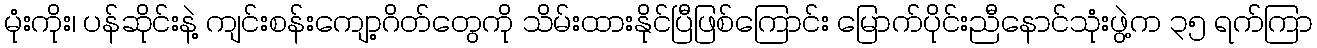
မုံးကိုး၊ ပန်ဆိုင်းနဲ့ ကျင်းစန်းကျော့ဂိတ်တွေကို သိမ်းထားနိုင်ပြီဖြစ်ကြောင်း မြောက်ပိုင်းညီနောင်သုံးဖွဲ့က ၃၅ ရက်ကြာ